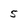
Character: 5